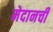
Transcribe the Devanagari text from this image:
मेदानची